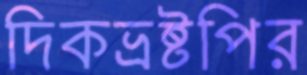
দিকভ্রষ্টপির